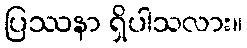
ပြဿနာ ရှိပါသလား။